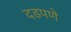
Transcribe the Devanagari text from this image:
दडपणे